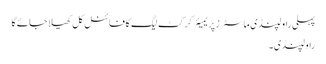
پہلی راولپنڈی ماسٹرز پریمیئر کرکٹ لیگ کا فائنل کل کھیلا جائے گا
راولپنڈی۔